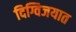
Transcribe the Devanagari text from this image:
दिग्विजयात